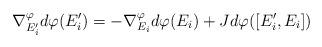
LaTeX: \begin{align*}\nabla_{E_i^\prime}^\varphi d\varphi(E_i^\prime)=-\nabla_{E_i}^\varphi d\varphi(E_i)+J d\varphi([E_i^\prime,E_i])\end{align*}